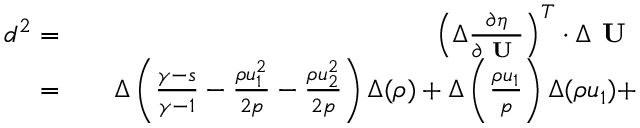
\begin{array} { r l r } { d ^ { 2 } = } & { { } } & { \left( \Delta \frac { \partial \eta } { \partial \textbf { U } } \right) ^ { T } \cdot \Delta \textbf { U } } \\ { = } & { { } } & { \Delta \left( \frac { \gamma - s } { \gamma - 1 } - \frac { \rho u _ { 1 } ^ { 2 } } { 2 p } - \frac { \rho u _ { 2 } ^ { 2 } } { 2 p } \right) \Delta ( \rho ) + \Delta \left( \frac { \rho u _ { 1 } } { p } \right) \Delta ( \rho u _ { 1 } ) + } \end{array}